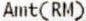
AMT(RM)